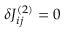
\delta J _ { i j } ^ { ( 2 ) } = 0